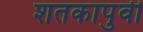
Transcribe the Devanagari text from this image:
शतकापुर्वी